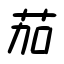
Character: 茄